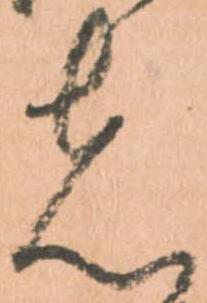
者